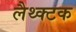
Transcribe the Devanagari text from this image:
लैथ्क्टक